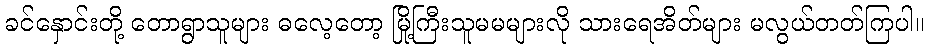
ခင်နှောင်းတို့ တောရွာသူများ ဓလေ့တော့ မြို့ကြီးသူမမများလို သားရေအိတ်များ မလွယ်တတ်ကြပါ။